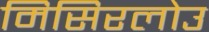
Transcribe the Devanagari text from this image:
मिसिरलोउ